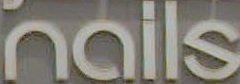
nails